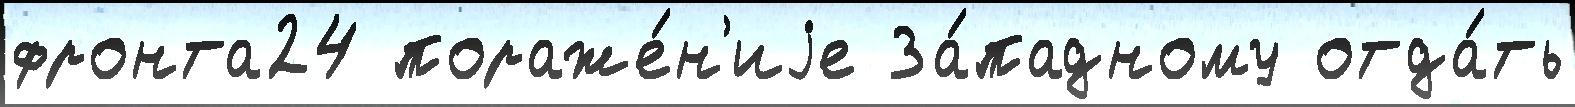
фронта24 пораже́н'иjе За́падному отда́ть